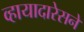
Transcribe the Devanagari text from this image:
व्हायादारेसने